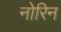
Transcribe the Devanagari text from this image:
नोरिन